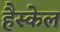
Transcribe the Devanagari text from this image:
हैस्केल